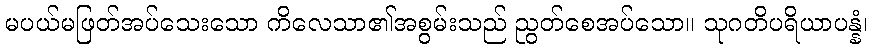
မပယ်မဖြတ်အပ်သေးသော ကိလေသာ၏အစွမ်းသည် ညွတ်စေအပ်သော။ သုဂတိပရိယာပန္နံ၊